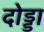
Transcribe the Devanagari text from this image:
दोड्डा